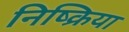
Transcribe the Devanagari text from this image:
निष्‍क्रिया